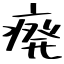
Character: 癈